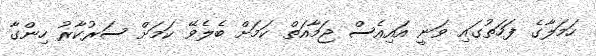
ހަމަލާގެ ފަހަތުގައި ވަނީ އައިއެސް ޖަމާއަތް ކަމަށް ބެލެވޭ ކަމަށް ސަރުކާރު ހިންގާ